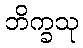
ဘိက္ခသု